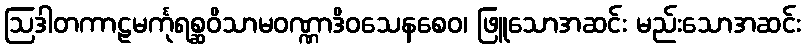
ဩဒါတကာဠမင်္ကုရစ္ဆဝိသာမဝဏ္ဏာဒိဝသေနစေဝ၊ ဖြူသောအဆင်း မည်းသောအဆင်း